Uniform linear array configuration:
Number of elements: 8
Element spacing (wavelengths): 0.5
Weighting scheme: kaiser
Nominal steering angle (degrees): -30
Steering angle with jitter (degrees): -28.263
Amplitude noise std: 0.05
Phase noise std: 0.05

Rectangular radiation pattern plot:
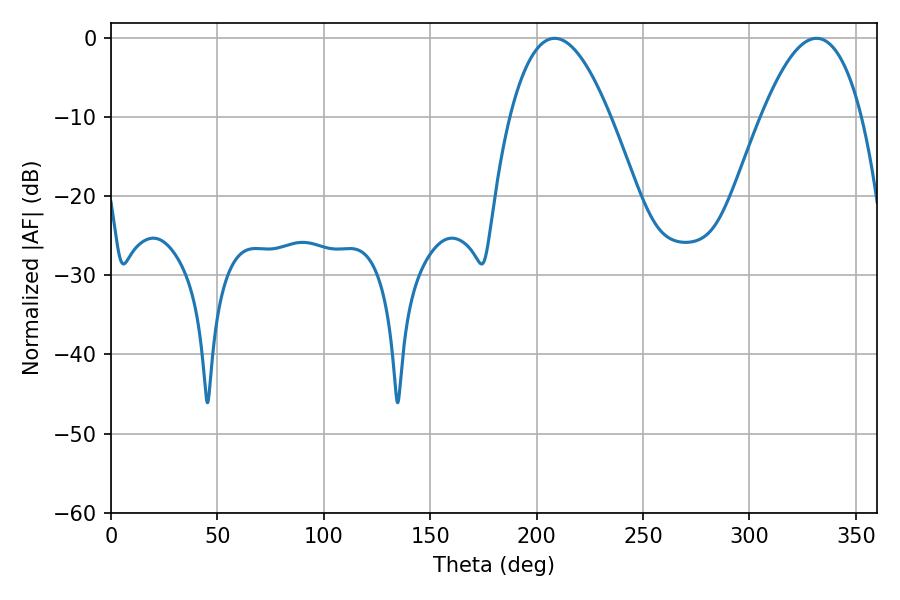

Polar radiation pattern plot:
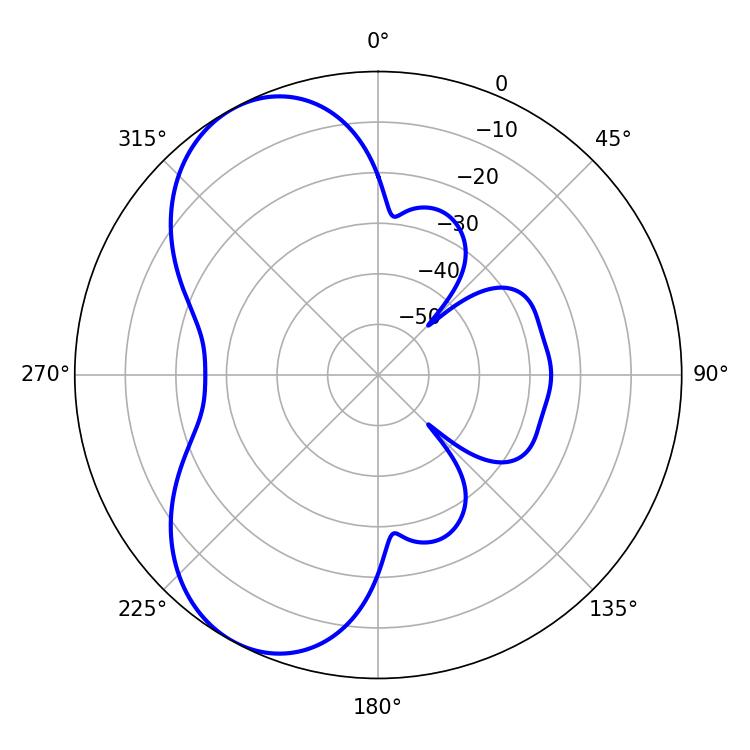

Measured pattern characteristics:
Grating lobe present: FALSE
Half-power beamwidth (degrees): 25.74
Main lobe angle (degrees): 208.44